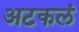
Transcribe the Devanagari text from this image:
अटकलं